Insane asylums in Bengal annual reports 1876-1887 - 1876-1887
Year: 1876
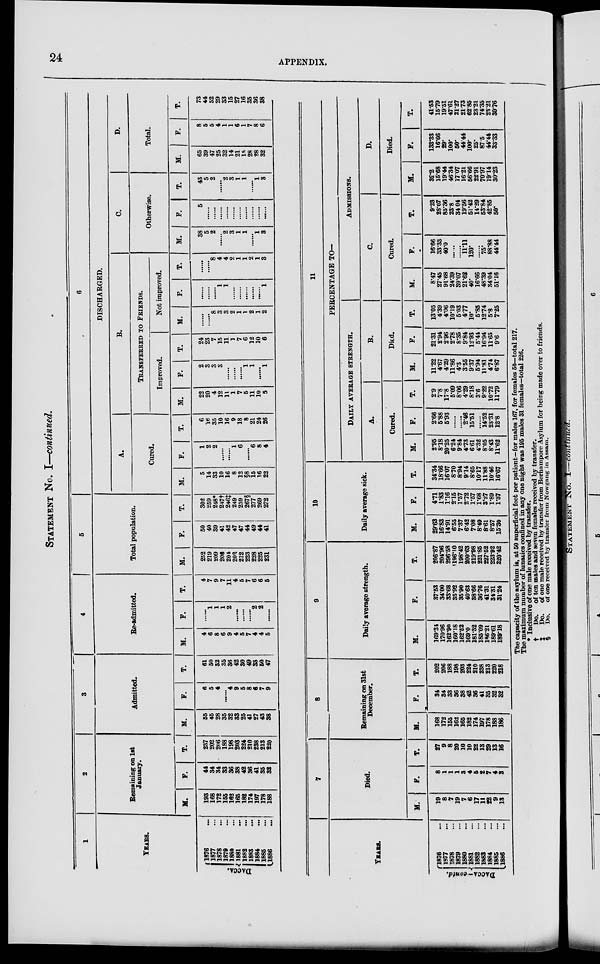
24
APPENDIX.
STATEMENT No. I—continued.
1
YEARS.
DACCA.
1876 ...
1877 ...
1878 ...
1879 ...
1880 ...
1881
...
1882 ...
1883 ...
1884 ...
1885 ...
1886 ...
2
Remaining on 1st
January.
M.
193
168
172
165
164
165
182
174
197
178
188
F.
44
84
34
S3
36
38
48
36
41
35
32
T.
237
202
206
188
198
203
224
210
238
213
120
3
Admitted.
M.
55
45
28
35
32
83
25
41
27
43
88
F.
6
5
4
......
4
9
5
8
6
7
9
T.
61
50
32
35
36
42
30
49
33
60
47
4
Re-admitted.
M.
4
6
8
6
9
4
5
7
4
4
5
F.
......
1
1
1
2
......
......
......
2
2
......
T.
4
7
9
7
11
4
5
7
6
6
5
5
Total population.
M.
252
219
209
206
204
203
212
223
228
225
231
F.
50
40
39
41
42
47
47
44
49
44
41
T.
302
259
248*
247†
246‡
249
259
267§
277
269
272
6
DISCHARGED.
A.
Cured.
M.
5
14
33
10
16
8
12
§8
15
16
22
F.
1
2
2
......
......
1
6
......
6
8
4
T.
6
16
35
10
16
9
18
8
21
24
26
B.
TRANSFERRED TO FRIENDS.
Improved.
M.
22
20
4
12
11
1
7
5
11
10
6
F.
2
3
3
3
......
......
......
1
1
......
1
T.
24
23
7
15
11
1
7
6
12
10
6
Not improved.
M.
......
......
8
3
3
2
1
1
2
1
2
F.
......
......
......
1
1
......
......
......
......
......
1
T.
......
......
8
4
4
2
1
1
2
1
3
C.
Otherwise.
M.
38
5
2
......
2
3
1
1
......
1
3
F.
5
......
......
......
......
......
......
......
......
......
......
T.
43
5
2
......
2
3
1
1
......
1
3
D.
Total.
M.
65
39
47
25
32
14
21
15
28
28
32
F.
8
5
5
4
1
1
6
1
7
8
6
T.
73
44
52
29
33
15
27
16
35
36
38
YEARS.
DACCA—contd.
1876 ...
1877 ...
1878 ...
1879 ...
1880 ...
1881 ...
1882 ...
1883 ...
1884 ...
1885 ...
1886
...
7
Died.
M.
19
8
7
19
7
6
17
11
82
9
13
F.
8
1
1
1
3
4
6
2
7
4
3
T.
87
9
8
20
10
10
22
13
29
13
16
8
Remaining on 31st
December.
M.
168
172
155
162
165
188
174
197
178
188
186
F.
34
34
33
36
38
42
36
41
35
32
32
T.
202
206
188
198
203
224
810
238
213
220
218
9
Daily average strength.
M.
169.34
170.96
162.90
160.18
162.52
169.0
181.32
185.09
186.21
189.61
189.18
F.
37.53
34.00
33.68
35.92
35.90
40.63
38.66
36.76
41.31
34.31
31.24
T.
206.87
204.96
296.58
196.10
198.42
809.63
219.98
231.85
227.52
223.92
220.42
10
Daily average sick.
M.
29.63
16.83
14.91
6.55
7.87
6.42
7.08
8.49
8.61
8.57
15.30
F.
4.71
1.83
1.16
2.15
1.57
2.72
1.57
1.68
3.27
1.89
1.37
T.
34.34
18.66
1607
8.70
8.94
9.14
8.65
1017
11.88
10.46
16.67
11
PERCENTAGE TO—
Daily average strength.
A.
Cured.
M.
2.95
8.18
20.25
6.24
9-84
4.73
6.61
4.32
8.05
8.43
11.62
F.
2.66
5.88
5.93
......
......
2.46
15.51
......
14.52
23.31
12.8
T.
2.9
7.8
17.8
5.09
8.06
4.29
8.18
3.6
9.22
10.72
11.79
B.
Died.
M.
11.22
4.67
4.29
11.86
4.3
3.55
9.37
6.94
11.81
4.74
6.87
F.
21.31
2.94
2.96
2.78
8.35
9.84
12.93
5.44
16.94
11.65
9.6
T.
13.05
4.39
4.06
10.19
5.03
4.77
10.
5.85
12.74
5.8
7.25
Admissions.
C.
Cured.
M.
8.47
27.45
91.68
24.39
39.07
21.62
40.
16.66
48.39
34.04
51.16
F.
16.66
33.33
40.0
......
......
11.11
120.
......
75.
88.88
44.44
T.
9.23
28.07
85.36
23.8
34.04
19.56
61.42
14.29
53.84
42.85
50.
D.
Died.
M.
32.2
15.68
19.44
46.34
17.07
16'2l
56.66
22.91
70.97
19.14
30.23
F.
133.33
16.66
29.
100.
50.
44.44
100.
25.
875
44.44
33.33
T.
41.53
15.79
19.51
47.61
21.27
21.73
62.85
23.21
74.35
25.21
30.76
The capacity of the asylum is, at 50 superficial feet per patient—for males 167, for females 50— total 217.
The maximum number of lunatics confined in any one night was 195 males 31 females—total 226.
* Inclusive of one male received by transfer.
†
Do. of ten males and seven females received by transfer.
‡
Do. of one male received by transfer from Berhampore Asylum for being made over to friends.
§
Do.
of one received by transfer from Nowgang in Assam.